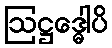
ဩဋ္ဌဒ္ဓေါပိ